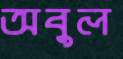
অবুল